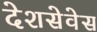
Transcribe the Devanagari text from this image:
देशसेवेस